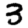
Digit: 3